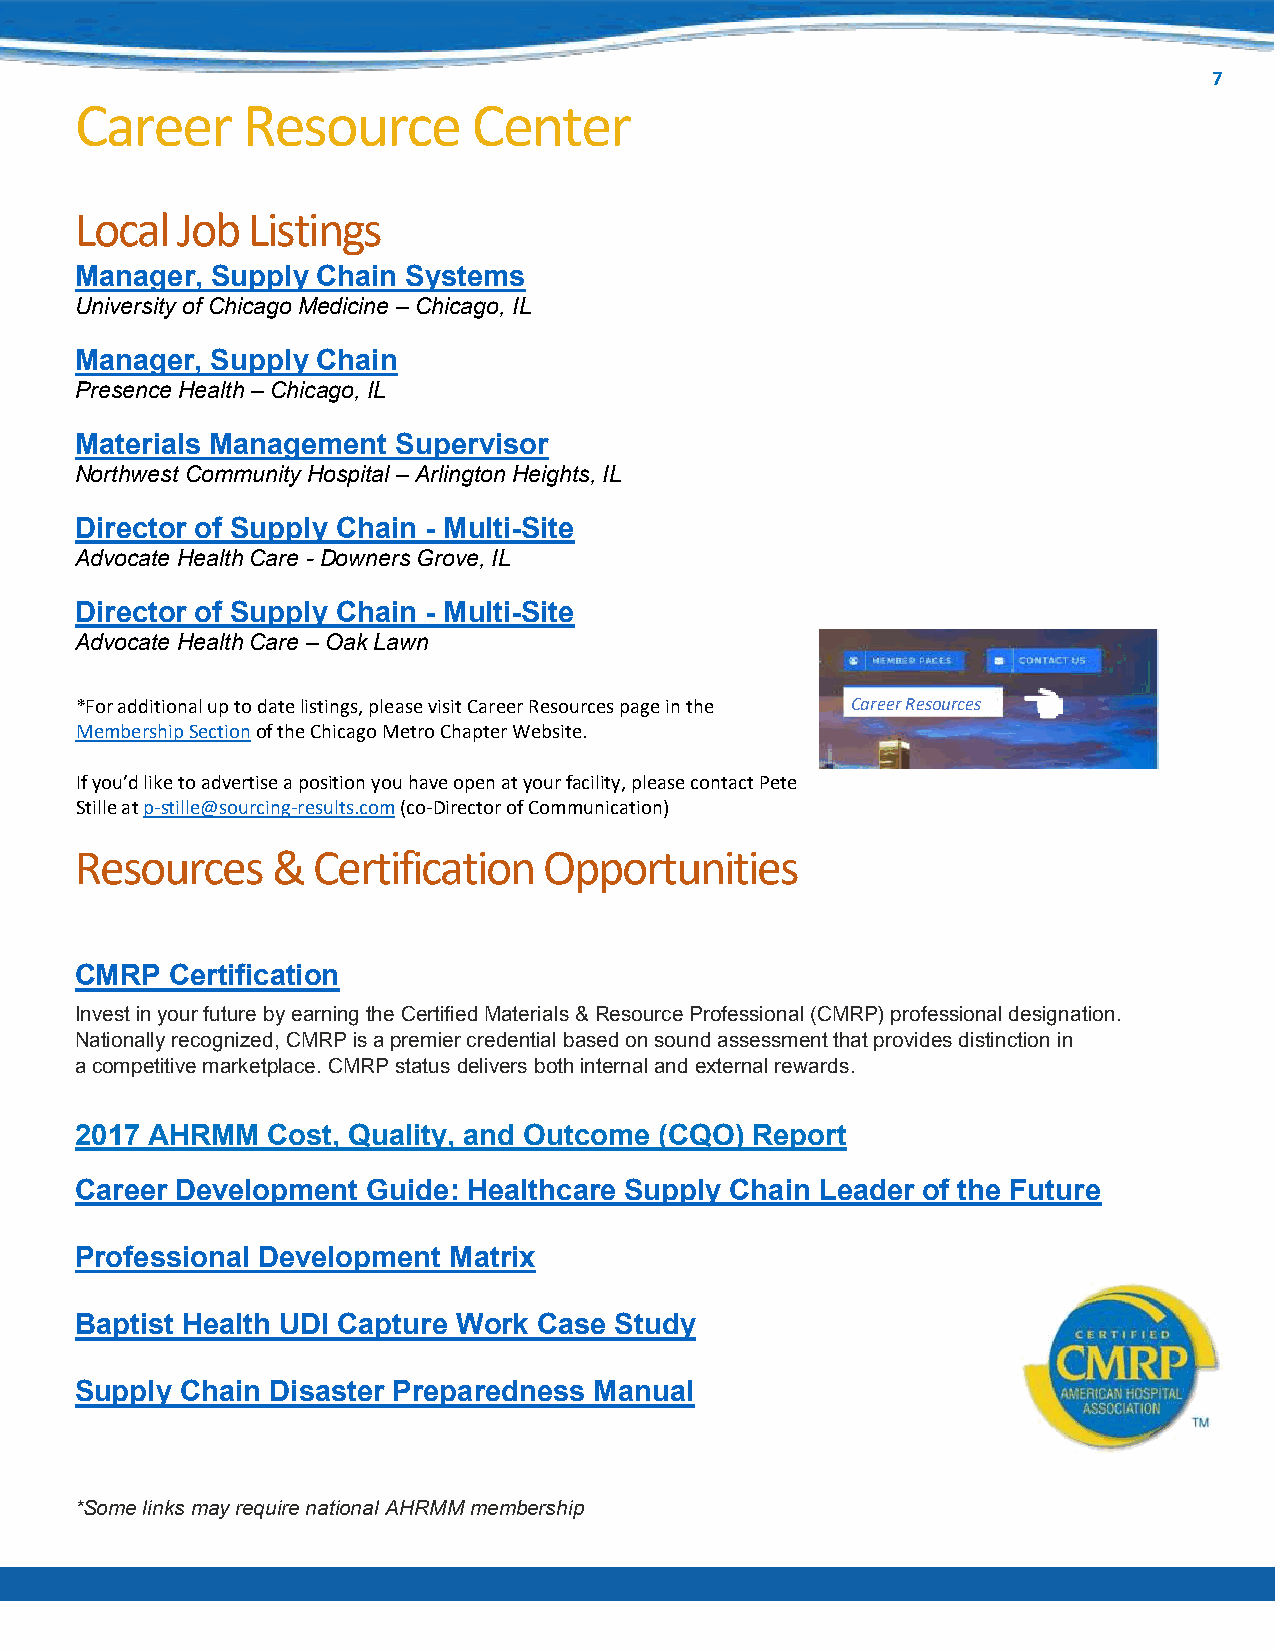
7
 Career     Resource       Center
 Local  Job Listings
 Manager, Supply Chain Systems
 University of Chicago Medicine – Chicago, IL
 Manager, Supply Chain
 Presence Health – Chicago, IL
 Materials Management Supervisor
 Northwest Community Hospital – Arlington Heights, IL
 Director of Supply Chain - Multi-Site
 Advocate Health Care - Downers Grove, IL
 Director of Supply Chain - Multi-Site
 Advocate Health Care – Oak Lawn
 *For additional up to date listings, please visit Career Resources page in the Career Resources
 Membership Section of the Chicago Metro Chapter Website.
 If you’d like to advertise a position you have open at your facility, please contact Pete
 Stille at p-stille@sourcing-results.com (co-Director of Communication)
 Resources    &  Certification  Opportunities
 CMRP  Certification
 Invest in your future by earning the Certified Materials & Resource Professional (CMRP) professional designation.
 Nationally recognized, CMRP is a premier credential based on sound assessment that provides distinction in
 a competitive marketplace. CMRP status delivers both internal and external rewards.
 2017 AHRMM   Cost, Quality, and Outcome (CQO) Report
 Career Development Guide: Healthcare Supply Chain Leader of the Future
 Professional Development Matrix
 Baptist Health UDI Capture Work Case Study
 Supply Chain Disaster Preparedness Manual
 *Some links may require national AHRMM membership
 http://w ww.ahrmmchicagometro.com